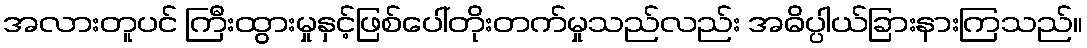
အလားတူပင် ကြီးထွားမှုနှင့်ဖြစ်ပေါ်တိုးတက်မှုသည်လည်း အဓိပ္ပါယ်ခြားနားကြသည်။